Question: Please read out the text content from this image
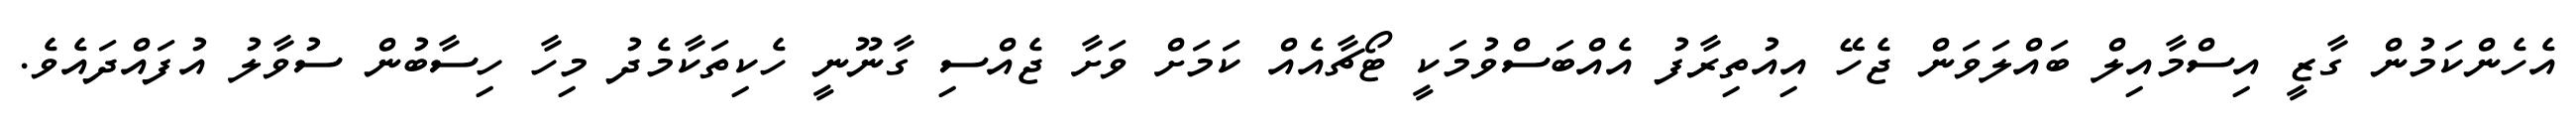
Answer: އެހެންކަމުން ގާޒީ އިސްމާއިލް ބައްލަވަން ޖެހޭ އިއުތިރާފު އެއްބަސްވުމަކީ ޓޯޗާއެއް ކަމަށް ވަށާ ޖެއްސި ގާނޫނީ ހެކިތަކާމެދު މިހާ ހިސާބުން ސުވާލު އުފައްދައެވެ.